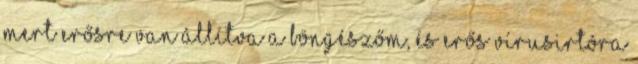
mert erősre van állítva a böngészőm, és erős vírusirtóra